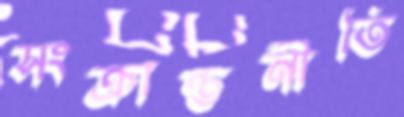
সংক্রান্তনীতি